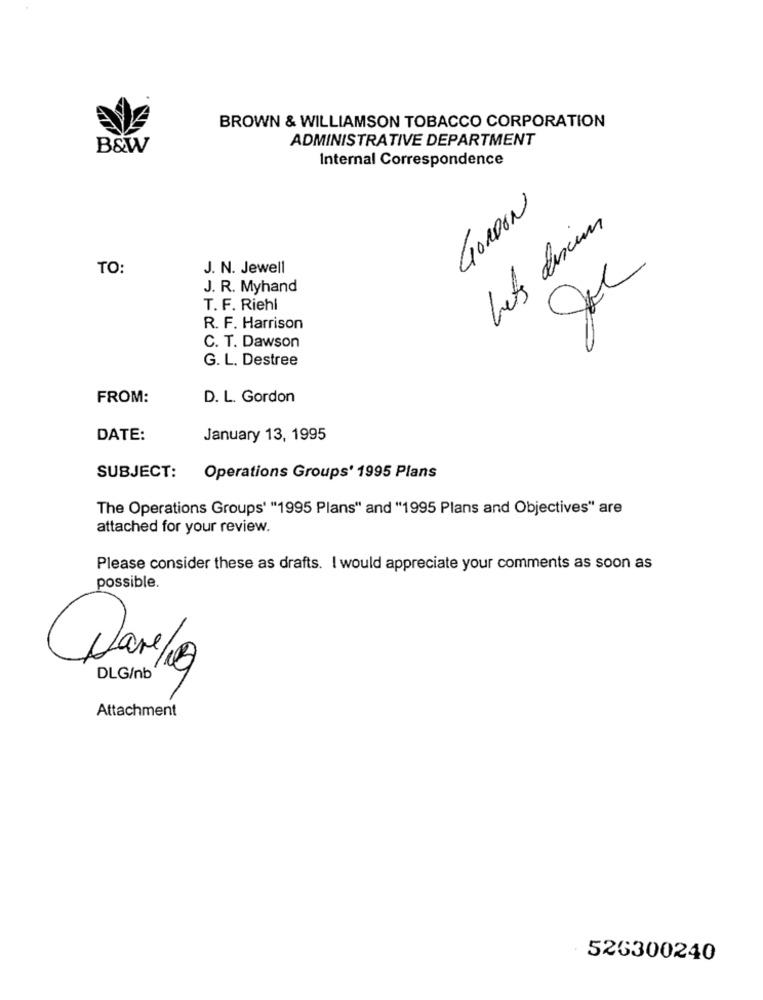
BROWN & WILLIAMSON TOBACCO CORPORATION
ADMINISTRATIVE DEPARTMENT
B&W
Internal Correspondence
GORDON
Lets dexim
TO:
J. N. Jewell
J. R. Myhand
T. F. Riehl
R. F. Harrison
C. T. Dawson
G. L. Destree
FROM:
D. L. Gordon
DATE:
January 13, 1995
SUBJECT:
Operations Groups' 1995 Plans
The Operations Groups' "1995 Plans" and "1995 Plans and Objectives" are
attached for your review.
Please consider these as drafts. I would appreciate your comments as soon as
possible.
DLG/nb'
Attachment
526300240